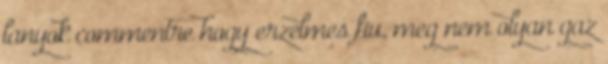
lanyok commentre hogy erzelmes fiu, meg nem olyan gaz